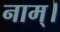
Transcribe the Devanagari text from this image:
नाम्।